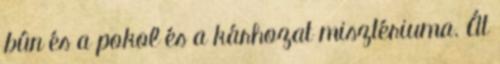
bûn és a pokol és a kárhozat misztériuma. Át